Annual report on the working of the lock hospitals in the North-Western Provinces and Oudh
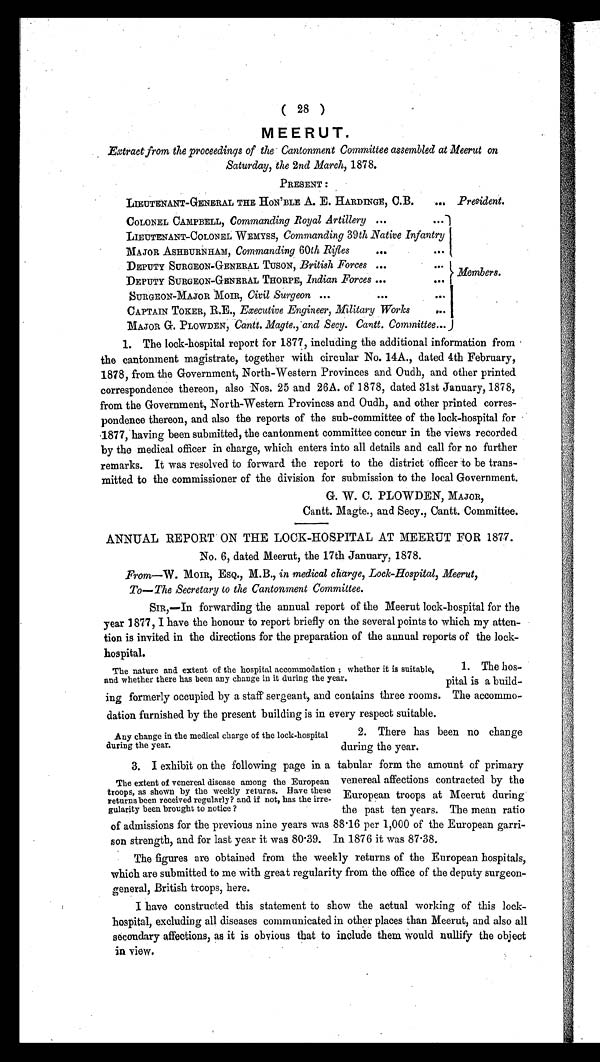
( 28 )
MEERUT.
Extract from the proceedings of the Cantonment Committee assembled at Meerut on
Saturday, the 2nd March, 1878.
PRESENT :
LIEUTENANT-GENERAL THE HON'BLE A. E. HARDINGE, C. B.
... President.
COLONEL CAMPBELL, Commanding Royal Artillery ...
...
LIEUTENANT-COLONEL WEMYSS, Commanding 39 th Native Infantry
MAJOR ASHBURNHAM, Commanding 60th Rifles
...
...
DEPUTY SURGEON-GENERAL TUSON, British Forces ...
...
Members.
DEPUTY SURGEON-GENERAL THORPE, Indian Forces ...
...
SURGEON-MAJOR MOIR, Civil Surgeon ...
... ...
CAPTAIN TOKER, R.E., Executive Engineer, Military Works
MAJOR G. PLOWDEN, Cantt. Magte., and Secy. Cantt. Committee...
1. The lock-hospital report for 1877, including the additional information from
the cantonment magistrate, together with circular No. 14A., dated 4th February,
1878, from the Government, North-Western Provinces and Oudh, and other printed
correspondence thereon, also Nos. 25 and 26A. of 1878, dated 31st January, 1878,
from the Government, North-Western Proviness and Oudh, and other printed corres-
pondence thereon, and also the reports of the sub-committee of the lock-hospital for
1877, having been submitted, the cantonment committee concur in the views recorded
by the medical officer in charge, which enters into all details and call for no further
remarks. It was resolved to forward the report to the district officer to be trans-
mitted to the commissioner of the division for submission to the local Government.
G. W. C. PLOWDEN, MAJOR,
Cantt. Magte., and Secy., Cantt. Committee.
ANNUAL REPORT ON THE LOCK-HOSPITAL AT MEERUT FOR 1877.
No. 6, dated Meerut, the 17th January, 1878.
From—W . MOIR, ESQ., M.B., in medical charge, Lock-Hospital, Meerut,
To—The Secretary to the Cantonment Committee.
SIR,—In forwarding the annual report of the Meerut lock-hospital for the
year 1877, I have the honour to report briefly on the several points to which my atten-
tion is invited in the directions for the preparation of the annual reports of the lock-
hospital.
1. The hos-
pital is a build-
ing formerly ing formerly occupied by a staff' sergeant, and contains three rooms. The accommo-
dation furnished by the present building is in every respect suitable.
The nature and extent of the hospital accommodation ; whether it is suitable,
and whether there has been any change in it during the year.
Any change in the medical charge of the lock-hospital
during the year.
2. There has been no change
during the year.
3. I exhibit on the following page in a tabular form the amount of primary
venereal affections contracted by the
European troops at Meerut during
the past ten years. The mean ratio
of admissions for the previous nine years was 88·16 per 1,000 of the European garri-
son strength, and for last year it was 80·39. In 1876 it was 87·38.
The figures are obtained from the weekly returns of the European hospitals,
which are submitted to me with great regularity from the office of the deputy surgeon-
general, British troops, here.
I have constructed this statement to show the actual working of this lock-
hospital, excluding all diseases communicated in other places than Meerut, and also all
secondary affections, as it is obvious that to include them would nullify the object
in view,
The extent of venereal disease among the European
troops, as shown by the weekly returns. Have these
returns been received regularly? and if not, has the irre-
gularity been brought to notice ?